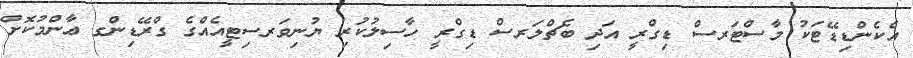
އެކެންޑިޑޭޓަކު މާސްޓަރސް ޑިގްރީ އަދި ބެޗްލަރސް ޑިގްރީ ހާސިލުކުރި ޔުނިވަރސިޓީއެއްގެ ގްރޭޑިންގ ޢާންމުކޮށް